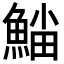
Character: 𩸛